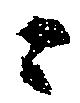
ニ